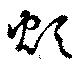
煩